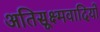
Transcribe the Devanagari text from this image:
अतिसूक्ष्मवादियों